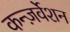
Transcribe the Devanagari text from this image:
कन्ज़र्वेशन